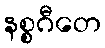
နစ္စဂီတေ